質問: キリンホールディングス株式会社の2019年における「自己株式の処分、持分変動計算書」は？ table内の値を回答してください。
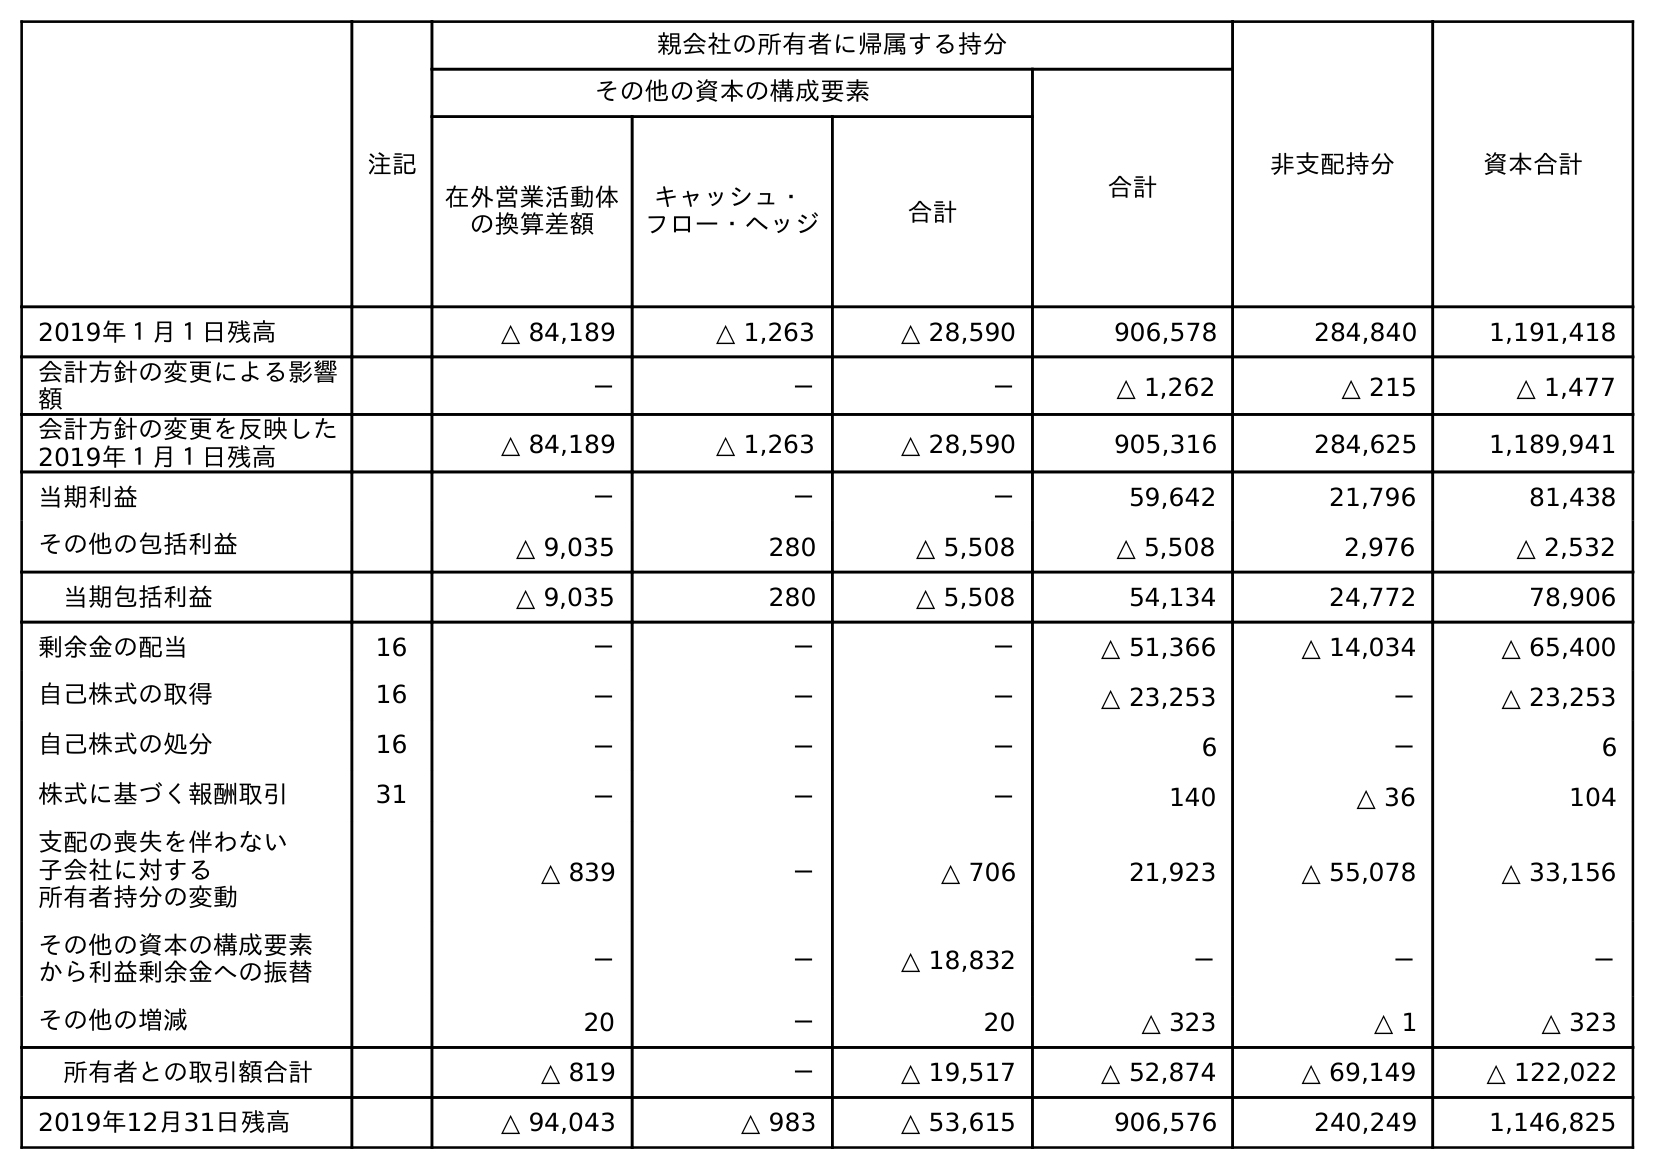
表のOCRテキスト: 注記 親会社の所有者に帰属する持分 非支配持分 資本合計 その他の資本の構成要素 合計 在外営業活動体 の換算差額 キャッシュ・ フロー・ヘッジ 合計 2019年１月１日残高 △ 84,189 △ 1,263 △ 28,590 906,578 284,840 1,191,418 会計方針の変更による影響 額 － － － △ 1,262 △ 215 △ 1,477 会計方針の変更を反映した 2019年１月１日残高 △ 84,189 △ 1,263 △ 28,590 905,316 284,625 1,189,941 当期利益 － － － 59,642 21,796 81,438 その他の包括利益 △ 9,035 280 △ 5,508 △ 5,508 2,976 △ 2,532 当期包括利益 △ 9,035 280 △ 5,508 54,134 24,772 78,906 剰余金の配当 16 － － － △ 51,366 △ 14,034 △ 65,400 自己株式の取得 16 － － － △ 23,253 － △ 23,253 自己株式の処分 16 － － － 6 － 6 株式に基づく報酬取引 31 － － － 140 △ 36 104 支配の喪失を伴わない 子会社に対する 所有者持分の変動 △ 839 － △ 706 21,923 △ 55,078 △ 33,156 その他の資本の構成要素 から利益剰余金への振替 － － △ 18,832 － － － その他の増減 20 － 20 △ 323 △ 1 △ 323 所有者との取引額合計 △ 819 － △ 19,517 △ 52,874 △ 69,149 △ 122,022 2019年12月31日残高 △ 94,043 △ 983 △ 53,615 906,576 240,249 1,146,825
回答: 6